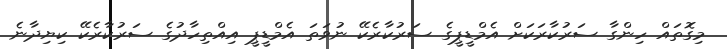
މިގޮތައް ހިންގާ ސަރުކާރަކަށް އެމްޑީޕީގެ ސަރުކާރެކޭ ނުވަތަ އެމްޑީޕީ އިއްތިހާދުގެ ސަރުކާރެކޭ ކިޔިދާނެ